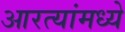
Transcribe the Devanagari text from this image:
आरत्यांमध्ये